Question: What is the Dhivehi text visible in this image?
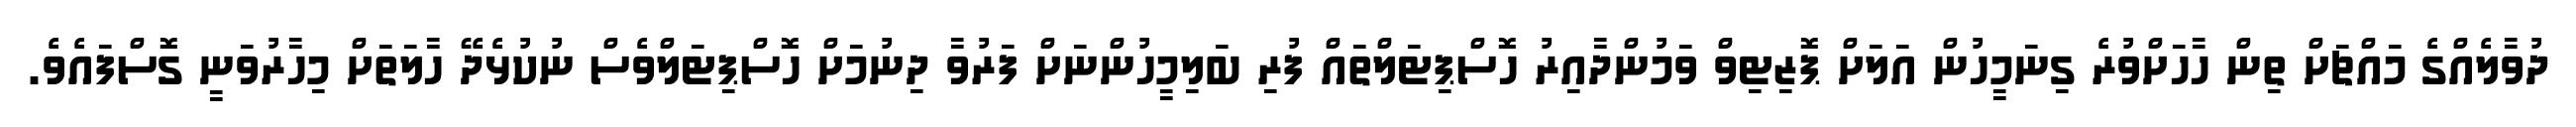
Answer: ދުވާލެއްގެ މައްޗަށް ތިން ހާހަށްވުރެ ގިނަމީހުން އަލަށް ޕޮޒިޓިވް ވަމުންދާއިރު ހޮސްޕިޓަލްތައް ފުރި ބަލިމީހުންނަށް ފަރުވާ ދިނުމަށް ހޮސްޕިޓަލްވެސް ނުކުޅެދޭ ހާލަތަށް މިހާރުވަނީ ގޮސްފައެވެ.